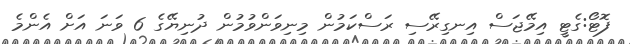
ފޮޓޯ:ގެޓީ އިމޭޖަސް އިނގިރޭސި ރަސްކަމުން މިނިވަންވުމުން ދުނިޔޭގެ 6 ވަނަ އަށް އެންމެ